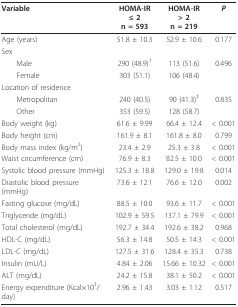
<table><thead><tr><td><b>Variable</b></td><td><b>HOMA-IR ≤ 2n = 593</b></td><td><b>HOMA-IR &gt; 2n = 219</b></td><td><b><i>P</i></b></td></tr></thead><tbody><tr><td>Age (years)</td><td>51.8 ± 10.3</td><td>52.9 ± 10.6</td><td>0.177</td></tr><tr><td>Sex</td><td></td><td></td><td></td></tr><tr><td> Male</td><td>290 (48.9)<sup>†</sup></td><td>113 (51.6)</td><td>0.496</td></tr><tr><td> Female</td><td>303 (51.1)</td><td>106 (48.4)</td><td></td></tr><tr><td>Location of residence</td><td></td><td></td><td></td></tr><tr><td> Metropolitan</td><td>240 (40.5)</td><td>90 (41.3)<sup>‡</sup></td><td>0.835</td></tr><tr><td> Other</td><td>353 (59.5)</td><td>128 (58.7)</td><td></td></tr><tr><td>Body weight (kg)</td><td>61.6 ± 9.99</td><td>66.4 ± 12.4</td><td>&lt; 0.001</td></tr><tr><td>Body height (cm)</td><td>161.9 ± 8.1</td><td>161.8 ± 8.0</td><td>0.799</td></tr><tr><td>Body mass index (kg/m<sup>2</sup>)</td><td>23.4 ± 2.9</td><td>25.3 ± 3.8</td><td>&lt; 0.001</td></tr><tr><td>Waist circumference (cm)</td><td>76.9 ± 8.3</td><td>82.5 ± 10.0</td><td>&lt; 0.001</td></tr><tr><td>Systolic blood pressure (mmHg)</td><td>125.3 ± 18.8</td><td>129.0 ± 19.8</td><td>0.014</td></tr><tr><td>Diastolic blood pressure (mmHg)</td><td>73.6 ± 12.1</td><td>76.6 ± 12.0</td><td>0.002</td></tr><tr><td>Fasting glucose (mg/dL)</td><td>88.5 ± 10.0</td><td>93.6 ± 11.7</td><td>&lt; 0.001</td></tr><tr><td>Triglyceride (mg/dL)</td><td>102.9 ± 59.5</td><td>137.1 ± 79.9</td><td>&lt; 0.001</td></tr><tr><td>Total cholesterol (mg/dL)</td><td>192.7 ± 34.4</td><td>192.6 ± 38.2</td><td>0.968</td></tr><tr><td>HDL-C (mg/dL)</td><td>56.3 ± 14.8</td><td>50.5 ± 14.3</td><td>&lt; 0.001</td></tr><tr><td>LDL-C (mg/dL)</td><td>127.5 ± 31.6</td><td>128.4 ± 35.3</td><td>0.738</td></tr><tr><td>Insulin (mU/L)</td><td>4.84 ± 2.06</td><td>15.66 ± 10.32</td><td>&lt; 0.001</td></tr><tr><td>ALT (mg/dL)</td><td>24.2 ± 15.8</td><td>38.1 ± 50.2</td><td>&lt; 0.001</td></tr><tr><td>Energy expenditure (Kcal×10<sup>3</sup>/day)</td><td>2.96 ± 1.43</td><td>3.03 ± 1.12</td><td>0.517</td></tr></tbody></table>